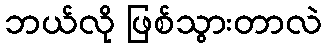
ဘယ်လို ဖြစ်သွားတာလဲ